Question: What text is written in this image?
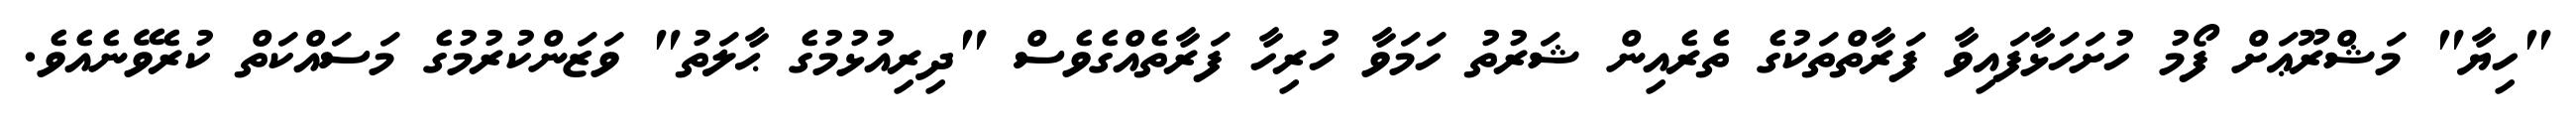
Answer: "ހިޔާ" މަޝްރޫޢަށް ފޯމު ހުށަހަޅާފައިވާ ފަރާތްތަކުގެ ތެރެއިން ޝަރުތު ހަމަވާ ހުރިހާ ފަރާތެއްގެވެސް "ދިރިއުޅުމުގެ ޙާލަތު" ވަޒަންކުރުމުގެ މަސައްކަތް ކުރެވޭނެއެވެ.